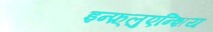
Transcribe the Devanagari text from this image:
इन्फ़्लुएन्शिय